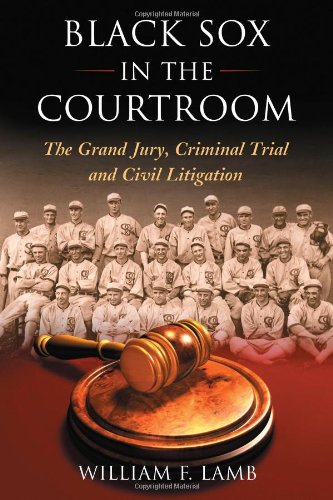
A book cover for Black Sox in the Courtroom: The Grand Jury, Criminal Trial and Civil Litigation; William F. Lamb; Law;